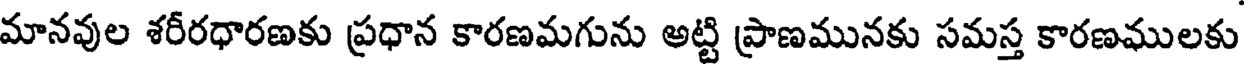
మానవుల శరీరధారణకు ప్రధాన కారణమగును అట్టి ప్రాణమునకు సమస్త కారణములకు